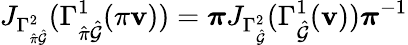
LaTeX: J_{\Gamma_{\hat{\pi}\hat{\mathcal{G}}}^{2}}(\Gamma_{\hat{\pi}\hat{\mathcal{G}}}^{1}(\pi\mathbf{v}))=\boldsymbol{\pi}J_{\Gamma_{\hat{\mathcal{G}}}^{2}}(\Gamma_{\hat{\mathcal{G}}}^{1}(\mathbf{v}))\boldsymbol{\pi}^{-1}